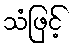
သံဖြင့်